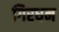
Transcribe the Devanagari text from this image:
गिरधन